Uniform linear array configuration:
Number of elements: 64
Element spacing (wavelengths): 0.5
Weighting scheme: kaiser
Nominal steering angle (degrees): -45
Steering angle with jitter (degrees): -44.97
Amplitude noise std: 0.05
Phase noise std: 0.05

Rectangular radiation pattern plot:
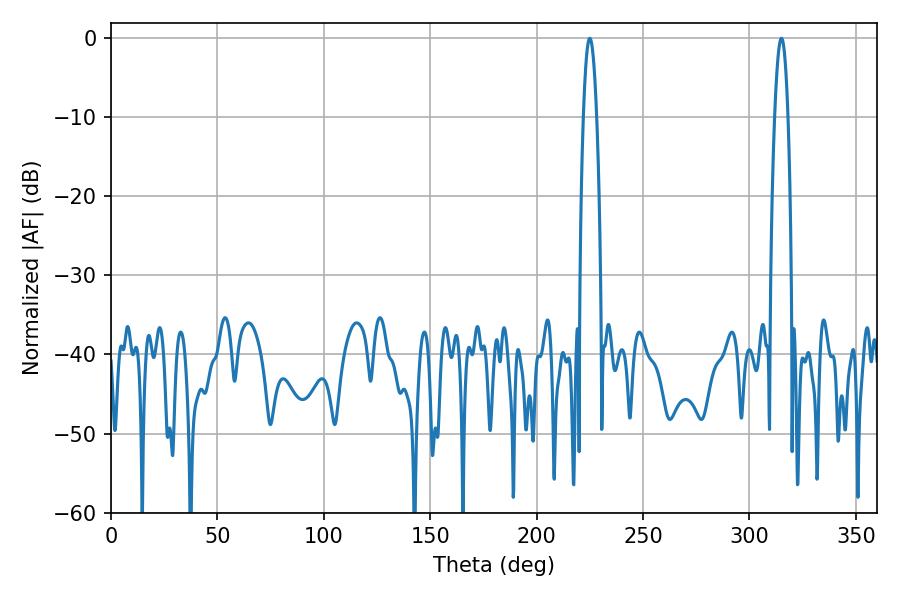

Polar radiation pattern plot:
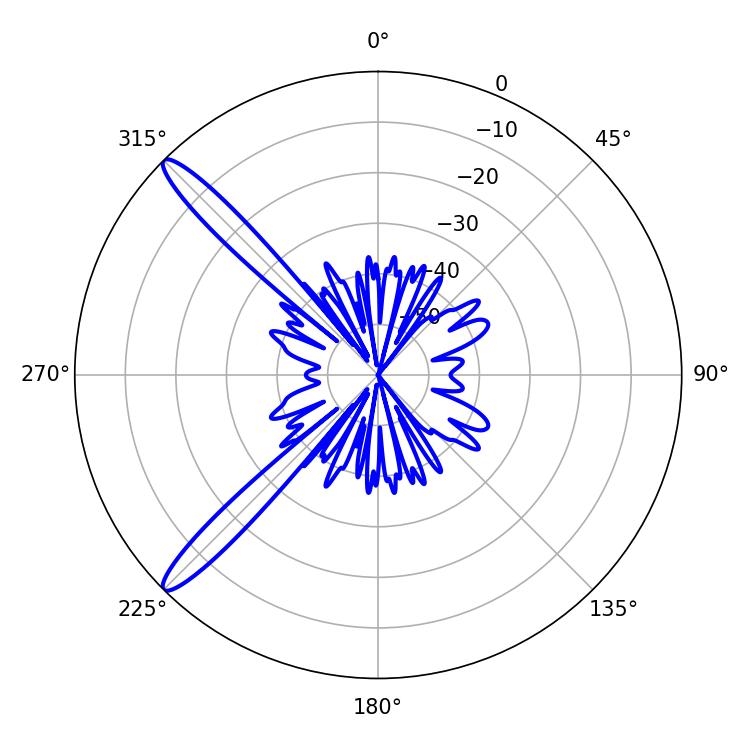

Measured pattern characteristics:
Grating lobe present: FALSE
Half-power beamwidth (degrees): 3.24
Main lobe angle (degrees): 225